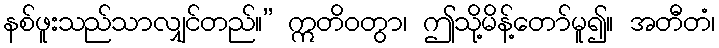
နစ်ဖူးသည်သာလျှင်တည်။” ဣတိဝတွာ၊ ဤသို့မိန့်တော်မူ၍။ အတီတံ၊